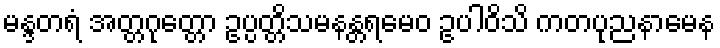
မန္ဒတရံ အတ္တဂုတ္တော ဥပ္ပတ္တိသမနန္တရမေဝ ဥပါဝိသိ ကတပုညနာမေန